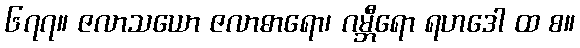
၆၇၇။ ဇလာသယော ဇလာဓာရော၊ ဂမ္ဘီရော ရဟဒေါ ထ စ။